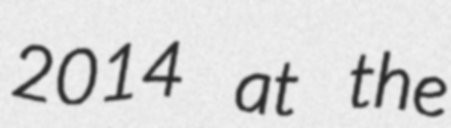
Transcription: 2014 at the